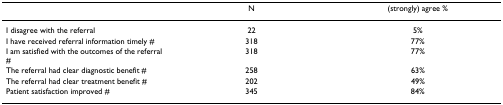
|  | N | (strongly) agree % |
 | --- | --- | --- |
 | I disagree with the referral | 22 | 5% |
 | I have received referral information timely # | 318 | 77% |
 | I am satisfied with the outcomes of the referral # | 318 | 77% |
 | The referral had clear diagnostic benefit # | 258 | 63% |
 | The referral had clear treatment benefit # | 202 | 49% |
 | Patient satisfaction improved # | 345 | 84% |